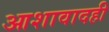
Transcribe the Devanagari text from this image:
आशावादही